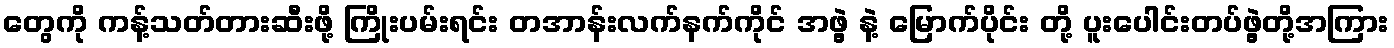
တွေကို ကန့်သတ်တားဆီးဖို့ ကြိုးပမ်းရင်း တအာန်းလက်နက်ကိုင် အဖွဲ့ နဲ့ မြောက်ပိုင်း တို့ ပူးပေါင်းတပ်ဖွဲ့တို့အကြား